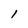
Character: l